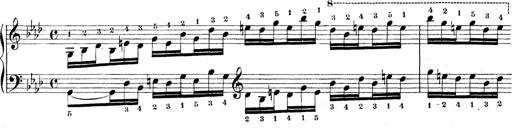
Title: Technische Studien
Composer: Franz Liszt